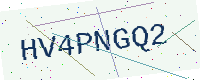
Text: HV4PNGQ2